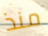
منذ